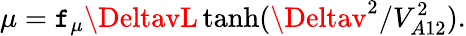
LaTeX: \mu=\mathtt{f}_{\mu}\DeltavL\operatorname{tanh}(\Deltav^{2}/V_{A12}^{2}).